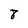
Character: 8